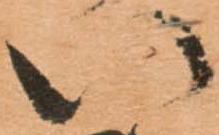
い